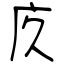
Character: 㡱